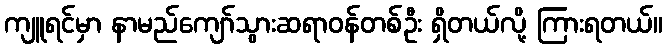
ကျူရင်မှာ နာမည်ကျော်သွားဆရာဝန်တစ်ဦး ရှိတယ်လို့ ကြားရတယ်။